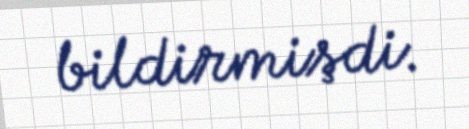
bildirmişdi.